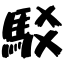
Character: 駁